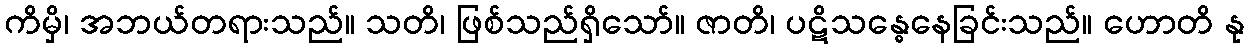
ကိမှိ၊ အဘယ်တရားသည်။ သတိ၊ ဖြစ်သည်ရှိသော်။ ဇာတိ၊ ပဋိသန္ဓေနေခြင်းသည်။ ဟောတိ နု